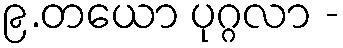
၉.တယော ပုဂ္ဂလာ -